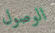
الوصول